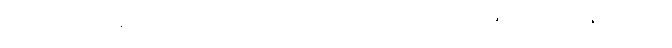
ကာယဝသေန၊ ဖြင့်။ စိတ္တံ၊ ကို။ ပရိဏာမေတိ၊ ညွတ်စေ၏။ ပါဒကဇ္ဈာနစိတ္တံ၊